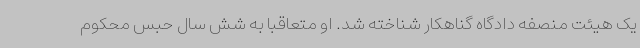
یک هیئت منصفه دادگاه گناهکار شناخته شد. او متعاقبا به شش سال حبس محکوم